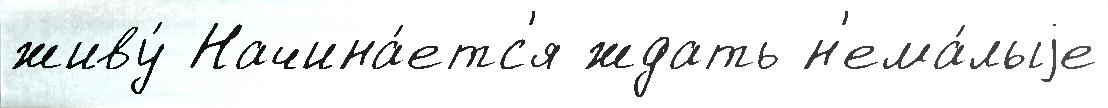
живу́ Начина́етс'я ждать н'ема́лыjе